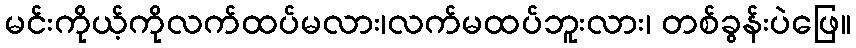
မင်းကိုယ့်ကိုလက်ထပ်မလား၊လက်မထပ်ဘူးလား၊ တစ်ခွန်းပဲဖြေ။